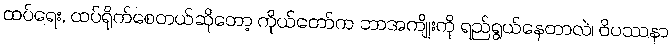
ထပ်ရေး, ထပ်ရိုက်စေတယ်ဆိုတော့ ကိုယ်တော်က ဘာအကျိုးကို ရည်ရွယ်နေတာလဲ၊ ဝိပဿနာ